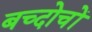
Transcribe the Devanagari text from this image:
बच्दोचों